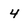
Character: 4